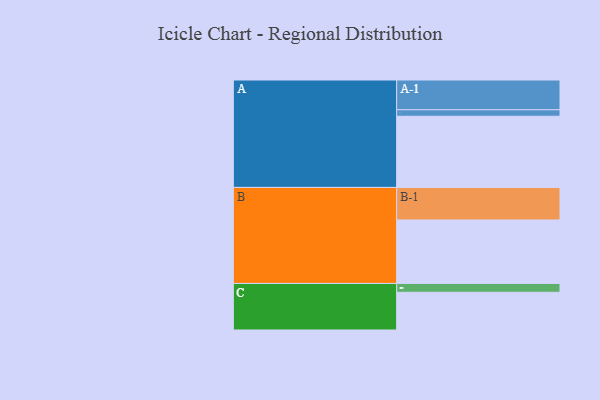
{"axis": {"x": "Segment", "y": "Value"}, "legend": ["", "A", "B", "C"], "data": [{"x": "A", "y": 581, "type": ""}, {"x": "B", "y": 518, "type": ""}, {"x": "C", "y": 308, "type": ""}, {"x": "A-1", "y": 243, "type": "A"}, {"x": "A-2", "y": 53, "type": "A"}, {"x": "B-1", "y": 266, "type": "B"}, {"x": "C-1", "y": 72, "type": "C"}]}